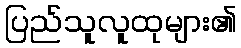
ပြည်သူလူထုများ၏